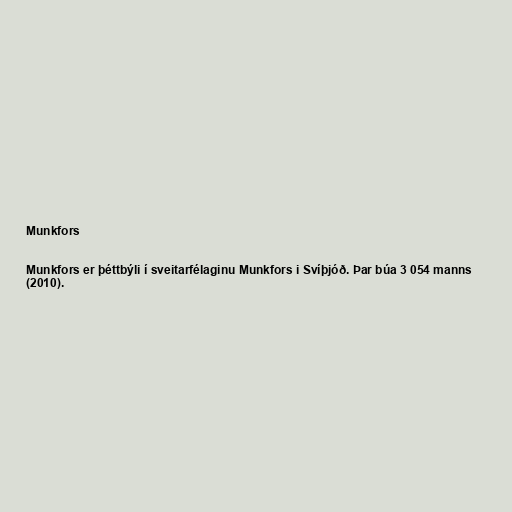
Munkfors

Munkfors er þéttbýli í sveitarfélaginu Munkfors i Svíþjóð. Þar búa 3 054 manns
(2010).